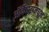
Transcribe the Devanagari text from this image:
ऑर्केस्ट्रांमधून